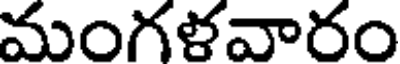
మంగళవారం